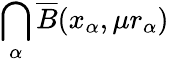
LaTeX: \bigcap_{\alpha}{\overline{{B}}}(x_{\alpha},\mu r_{\alpha})